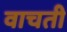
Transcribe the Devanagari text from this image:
वाचती